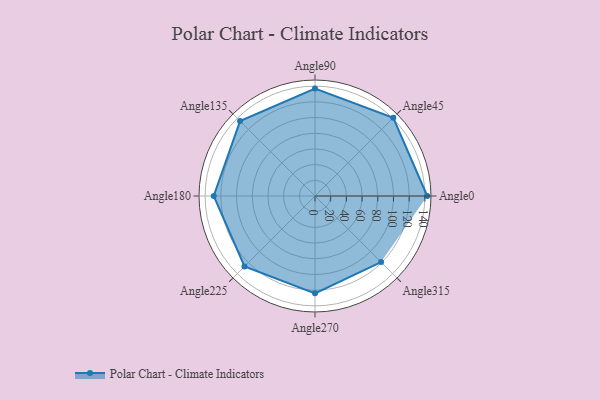
{"axis": {"x": "Angle", "y": "Radius"}, "legend": [""], "data": [{"x": "Angle0", "y": 143.0, "type": ""}, {"x": "Angle45", "y": 141.0, "type": ""}, {"x": "Angle90", "y": 137.0, "type": ""}, {"x": "Angle135", "y": 135.0, "type": ""}, {"x": "Angle180", "y": 129.0, "type": ""}, {"x": "Angle225", "y": 127.0, "type": ""}, {"x": "Angle270", "y": 124.0, "type": ""}, {"x": "Angle315", "y": 119.0, "type": ""}]}